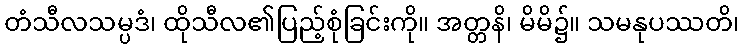
တံသီလသမ္ပဒံ၊ ထိုသီလ၏ပြည့်စုံခြင်းကို။ အတ္တနိ၊ မိမိ၌။ သမနုပဿတိ၊